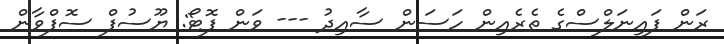
ރަން ފައިނަލްސްގެ ތެރެއިން ހަސަން ސާއިދު --- ވަން ފޮޓޯ: ޔޫސުފް ސޮފްވާން